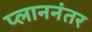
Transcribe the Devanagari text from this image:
प्लाननंतर